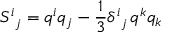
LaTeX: S _ { \ j } ^ { i } = q ^ { i } q _ { j } - \frac { 1 } { 3 } \delta _ { \ j } ^ { i } \, q ^ { k } q _ { k }